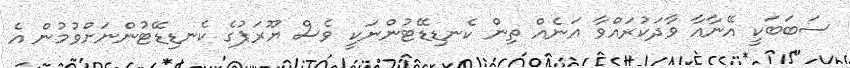
ސަބަބަކީ އޭނާއާ ވާދަކުރައްވާ އަނެއް ތިން ކެނޑިޑޭޓުންނަކީ ވެސް ޔޫރަޕުގެ ކެނޑިޑޭޓުންނަށްވުމުން އެ